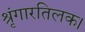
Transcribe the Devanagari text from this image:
श्रृंगारतिलक।